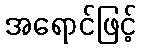
အရောင်ဖြင့်